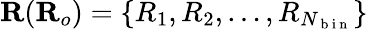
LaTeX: \mathbf{R}(\mathbf{R}_{o})=\{ R_{1},R_{2},\dots,R_{N_{\mathrm{~b~i~n~}}}\}